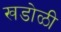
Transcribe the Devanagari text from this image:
खडोळी